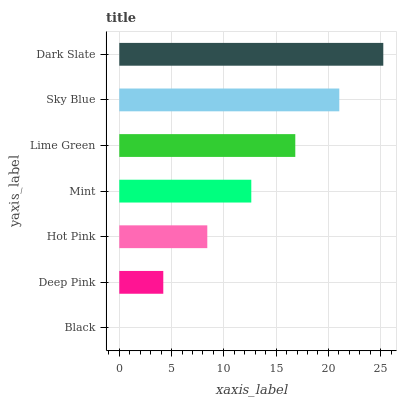
| yaxis_label | bars |
 | --- | --- |
 | Black | 0 |
 | Deep Pink | 4.21 |
 | Hot Pink | 8.42 |
 | Mint | 12.6 |
 | Lime Green | 16.8 |
 | Sky Blue | 21 |
 | Dark Slate | 25.3 |